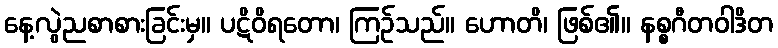
နေ့လွဲညစာစားခြင်းမှ။ ပဋိဝိရတော၊ ကြဉ်သည်။ ဟောတိ၊ ဖြစ်၏။ နစ္စဂီတဝါဒိတ